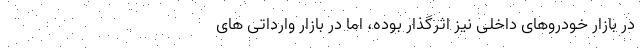
در بازار خودروهای داخلی نیز اثرگذار بوده، اما در بازار وارداتی های